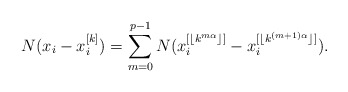
\begin{align*} N(x_i-x_{i}^{[k]})=\sum_{m=0}^{p-1}N(x_i^{[\lfloor k^{m\alpha}\rfloor ]}-x_i^{[\lfloor k^{(m+1)\alpha}\rfloor ]}).\end{align*}